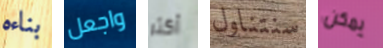
بناءه واجعل أكثر سنتناول يمكن